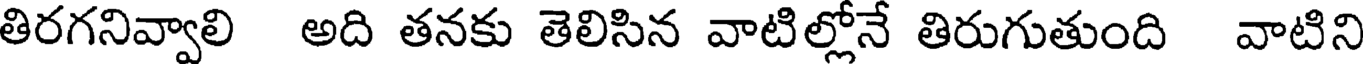
తిరగనివ్వాలి అది తనకు తెలిసిన వాటిల్లోనే తిరుగుతుంది వాటిని